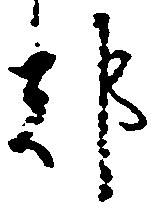
都